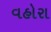
વહોરા